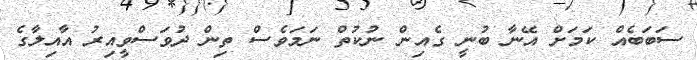
ސަބަބެއް ކަމަށް އޭނާ ބުނީ ގެއިން ނުކުތް ނަމަވެސް ތިން ދުވަސްވީއިރު އާއިލާގެ